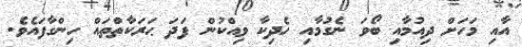
އާއި މަހަށް ދިއުމާއި ބޯވަ ނެގުމާއި ހެދިކާ ވިއްކުން ފަދަ ޙަރަކާތްތައް ހިންގާފައެވެ.